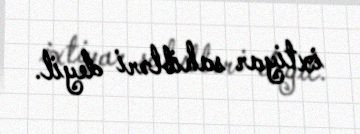
ixtiyar sahibləri deyil.